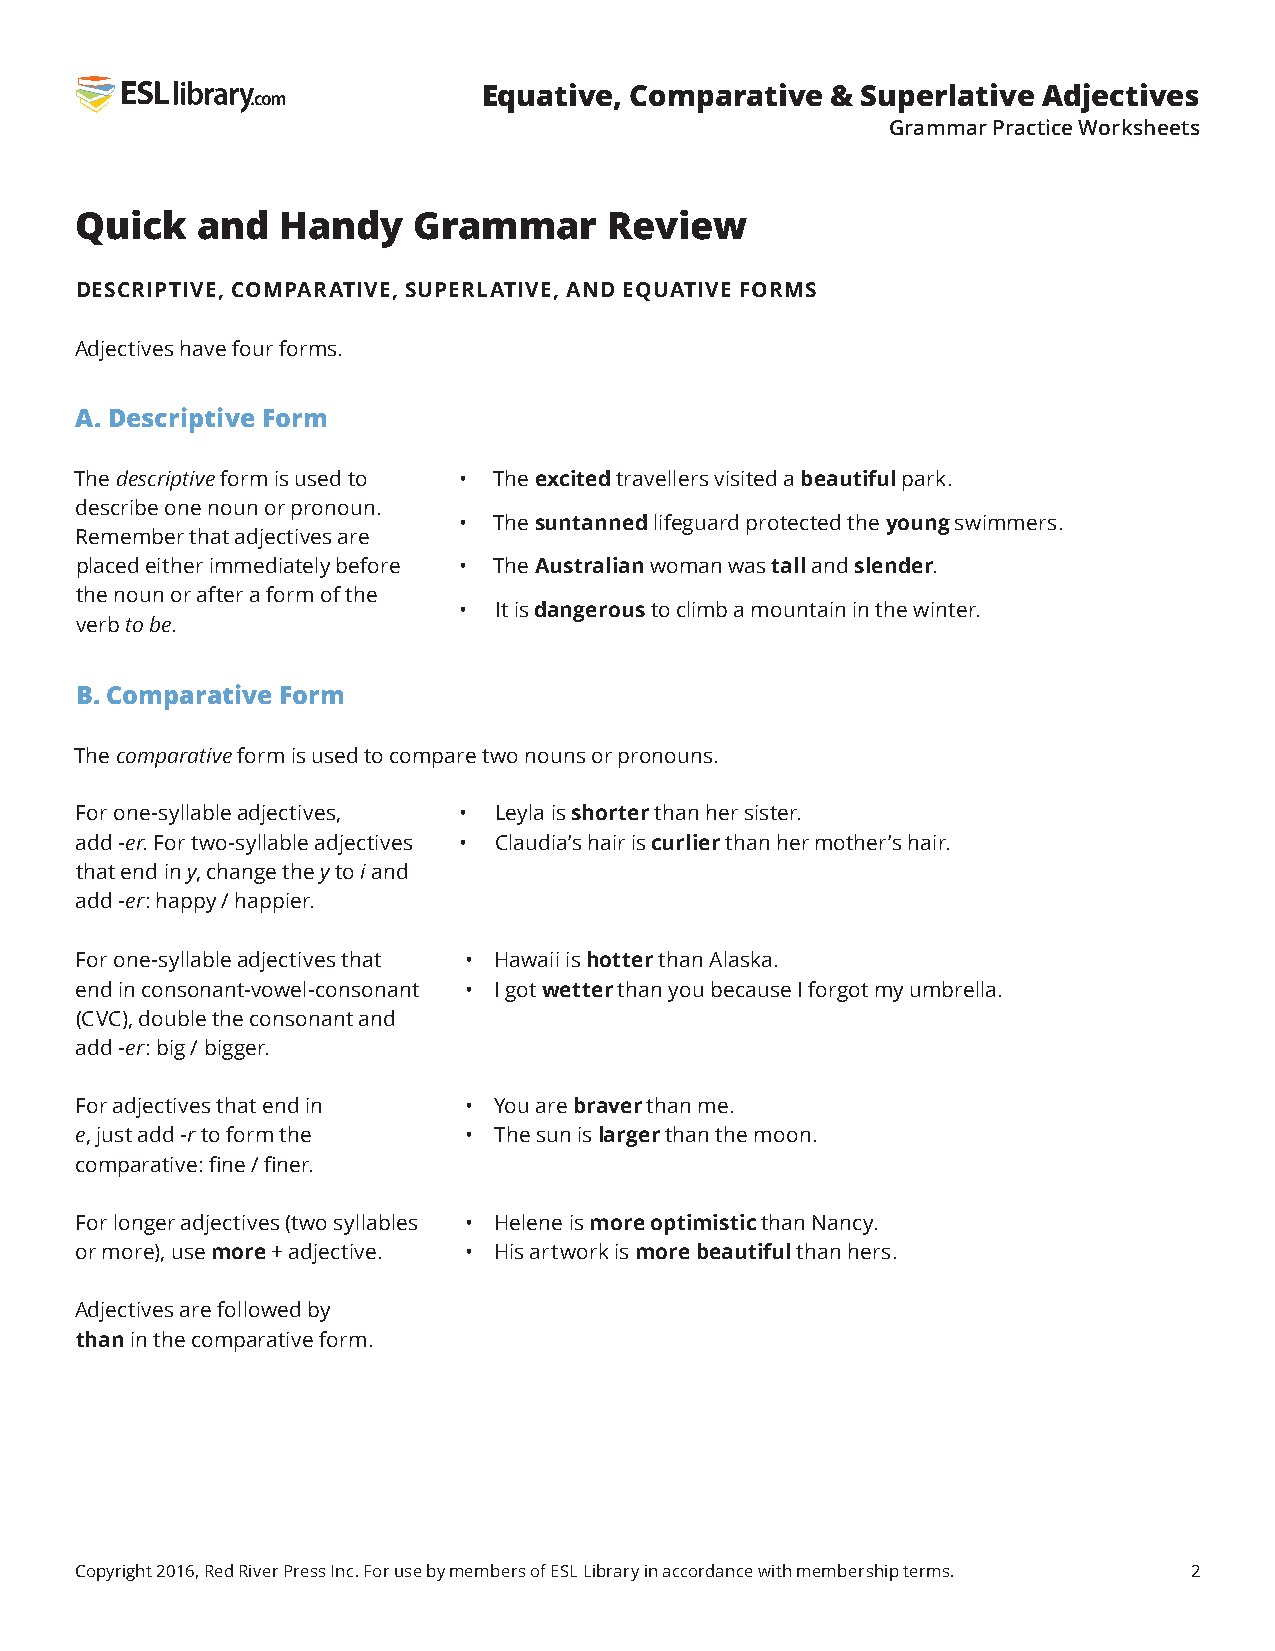
Equative, Comparative  & Superlative Adjectives
 Grammar Practice Worksheets
 Quick   and  Handy    Grammar      Review
 DESCRIPTIVE, COMPARATIVE, SUPERLATIVE, AND EQUATIVE FORMS
 Adjectives have four forms.
 A. Descriptive Form
 The descriptive form is used to • The excited travellers visited a beautiful park.
 describe one noun or pronoun.
 •  The suntanned lifeguard protected the young swimmers.
 Remember that adjectives are
 placed either immediately before • The Australian woman was tall and slender.
 the noun or after a form of the
 •  It is dangerous to climb a mountain in the winter.
 verb to be.
 B. Comparative Form
 The comparative form is used to compare two nouns or pronouns.
 For one-syllable adjectives, • Leyla is shorter than her sister.
 add -er. For two-syllable adjectives • Claudia’s hair is curlier than her mother’s hair.
 that end in y, change the y to i and
 add -er: happy / happier.
 For one-syllable adjectives that • Hawaii is hotter than Alaska.
 end in consonant-vowel-consonant • I got wetter than you because I forgot my umbrella.
 (CVC), double the consonant and
 add -er: big / bigger.
 For adjectives that end in • You are braver than me.
 e, just add -r to form the • The sun is larger than the moon.
 comparative: fine / finer.
 For longer adjectives (two syllables • Helene is more optimistic than Nancy.
 or more), use more + adjective. • His artwork is more beautiful than hers.
 Adjectives are followed by
 than in the comparative form.
 Copyright 2016, Red River Press Inc. For use by members of ESL Library in accordance with membership terms. 2